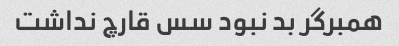
همبرگر بد نبود سس قارچ نداشت